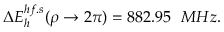
\Delta E _ { h } ^ { h f . s } ( \rho \rightarrow 2 \pi ) = 8 8 2 . 9 5 ~ ~ M H z .